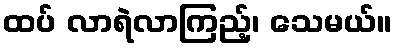
ထပ် လာရဲလာကြည့်၊ သေမယ်။